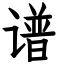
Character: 谱